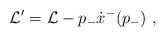
\begin{align*}{\cal L}^{\prime} = {\cal L } - p_- \dot{x}^- (p_- ) ~,\end{align*}